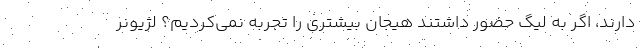
دارند، اگر به لیگ حضور داشتند هیجان بیشتری را تجربه نمی‌کردیم؟ لژیونر